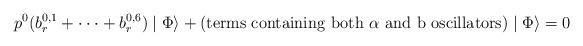
LaTeX: \begin{align*}p^{0} (b_{r}^{0,1} + \cdot \cdot \cdot + b_{r}^{0,6})\mid \Phi \rangle + {\rm (terms~containing~both~\alpha~and~b~oscillators)} \mid \Phi\rangle = 0\end{align*}